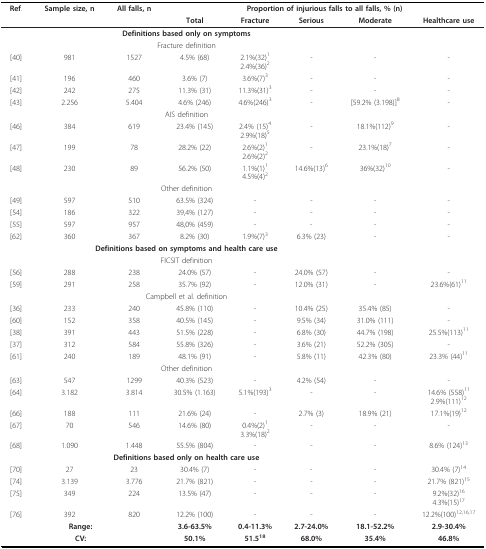
<table><thead><tr><td><b>Ref.</b></td><td><b>Sample size, n</b></td><td><b>All falls, n</b></td><td colspan="5"><b>Proportion of injurious falls to all falls, % (n)</b></td></tr><tr><td></td><td></td><td></td><td><b>Total</b></td><td><b>Fracture</b></td><td><b>Serious</b></td><td><b>Moderate</b></td><td><b>Healthcare use</b></td></tr></thead><tbody><tr><td colspan="3"></td><td colspan="5"><b>Definitions based only on symptoms</b></td></tr><tr><td colspan="3"></td><td colspan="5">Fracture definition</td></tr><tr><td>[40]</td><td>981</td><td>1527</td><td>4.5% (68)</td><td>2.1%(32)<sup>1 </sup>2.4%(36)<sup>2</sup></td><td>-</td><td>-</td><td>-</td></tr><tr><td>[41]</td><td>196</td><td>460</td><td>3.6% (7)</td><td>3.6%(7)<sup>3</sup></td><td>-</td><td>-</td><td>-</td></tr><tr><td>[42]</td><td>242</td><td>275</td><td>11.3% (31)</td><td>11.3%(31)<sup>3</sup></td><td>-</td><td>-</td><td>-</td></tr><tr><td>[43]</td><td>2.256</td><td>5.404</td><td>4.6% (246)</td><td>4.6%(246)<sup>3</sup></td><td>-</td><td>[59.2% (3.198)]<sup>8</sup></td><td>-</td></tr><tr><td colspan="3"></td><td colspan="5">AIS definition</td></tr><tr><td>[46]</td><td>384</td><td>619</td><td>23.4% (145)</td><td>2.4% (15)<sup>4</sup>2.9%(18)<sup>5</sup></td><td>-</td><td>18.1%(112)<sup>9</sup></td><td>-</td></tr><tr><td>[47]</td><td>199</td><td>78</td><td>28.2% (22)</td><td>2.6%(2)<sup>1</sup>2.6%(2)<sup>2</sup></td><td>-</td><td>23.1%(18)<sup>7</sup></td><td>-</td></tr><tr><td>[48]</td><td>230</td><td>89</td><td>56.2% (50)</td><td>1.1%(1)<sup>1</sup>4.5%(4)<sup>2</sup></td><td>14.6%(13)<sup>6</sup></td><td>36%(32)<sup>10</sup></td><td>-</td></tr><tr><td colspan="3"></td><td colspan="5">Other definition</td></tr><tr><td>[49]</td><td>597</td><td>510</td><td>63.5% (324)</td><td>-</td><td>-</td><td>-</td><td>-</td></tr><tr><td>[54]</td><td>186</td><td>322</td><td>39,4% (127)</td><td>-</td><td>-</td><td>-</td><td>-</td></tr><tr><td>[55]</td><td>597</td><td>957</td><td>48,0% (459)</td><td>-</td><td>-</td><td>-</td><td>-</td></tr><tr><td>[62]</td><td>360</td><td>367</td><td>8.2% (30)</td><td>1.9%(7)<sup>3</sup></td><td>6.3% (23)</td><td>-</td><td>-</td></tr><tr><td colspan="3"></td><td colspan="5"><b>Definitions based on symptoms and health care use</b></td></tr><tr><td colspan="3"></td><td colspan="5">FICSIT definition</td></tr><tr><td>[56]</td><td>288</td><td>238</td><td>24.0% (57)</td><td>-</td><td>24.0% (57)</td><td>-</td><td>-</td></tr><tr><td>[59]</td><td>291</td><td>258</td><td>35.7% (92)</td><td>-</td><td>12.0% (31)</td><td>-</td><td>23.6%(61)<sup>11</sup></td></tr><tr><td colspan="3"></td><td colspan="5">Campbell et al. definition</td></tr><tr><td>[36]</td><td>233</td><td>240</td><td>45.8% (110)</td><td>-</td><td>10.4% (25)</td><td>35.4% (85)</td><td>-</td></tr><tr><td>[60]</td><td>152</td><td>358</td><td>40.5% (145)</td><td>-</td><td>9.5% (34)</td><td>31.0% (111)</td><td>-</td></tr><tr><td>[38]</td><td>391</td><td>443</td><td>51.5% (228)</td><td>-</td><td>6.8% (30)</td><td>44.7% (198)</td><td>25.5%(113)<sup>11</sup></td></tr><tr><td>[37]</td><td>312</td><td>584</td><td>55.8% (326)</td><td>-</td><td>3.6% (21)</td><td>52.2% (305)</td><td>-</td></tr><tr><td>[61]</td><td>240</td><td>189</td><td>48.1% (91)</td><td>-</td><td>5.8% (11)</td><td>42.3% (80)</td><td>23.3% (44)<sup>11</sup></td></tr><tr><td colspan="3"></td><td colspan="5">Other definition</td></tr><tr><td>[63]</td><td>547</td><td>1299</td><td>40.3% (523)</td><td>-</td><td>4.2% (54)</td><td>-</td><td>-</td></tr><tr><td>[64]</td><td>3.182</td><td>3.814</td><td>30.5% (1.163)</td><td>5.1%(193)<sup>3</sup></td><td>-</td><td>-</td><td>14.6% (558)<sup>11</sup>2.9%(111)<sup>12</sup></td></tr><tr><td>[66]</td><td>188</td><td>111</td><td>21.6% (24)</td><td>-</td><td>2.7% (3)</td><td>18.9% (21)</td><td>17.1%(19)<sup>12</sup></td></tr><tr><td>[67]</td><td>70</td><td>546</td><td>14.6% (80)</td><td>0.4%(2)<sup>1</sup>3.3%(18)<sup>2</sup></td><td>-</td><td>-</td><td>-</td></tr><tr><td>[68]</td><td>1.090</td><td>1.448</td><td>55.5% (804)</td><td>-</td><td>-</td><td>-</td><td>8.6% (124)<sup>13</sup></td></tr><tr><td colspan="3"></td><td colspan="5"><b>Definitions based only on health care use</b></td></tr><tr><td>[70]</td><td>27</td><td>23</td><td>30.4% (7)</td><td>-</td><td>-</td><td>-</td><td>30.4% (7)<sup>14</sup></td></tr><tr><td>[74]</td><td>3.139</td><td>3.776</td><td>21.7% (821)</td><td>-</td><td>-</td><td>-</td><td>21.7% (821)<sup>15</sup></td></tr><tr><td>[75]</td><td>349</td><td>224</td><td>13.5% (47)</td><td>-</td><td>-</td><td>-</td><td>9.2%(32)<sup>16</sup>4.3%(15)<sup>17</sup></td></tr><tr><td>[76]</td><td>392</td><td>820</td><td>12.2% (100)</td><td>-</td><td>-</td><td>-</td><td>12.2%(100)<sup>12,16,17</sup></td></tr><tr><td colspan="3"><b>Range:</b></td><td><b>3.6-63.5%</b></td><td><b>0.4-11.3%</b></td><td><b>2.7-24.0%</b></td><td><b>18.1-52.2%</b></td><td><b>2.9-30.4%</b></td></tr><tr><td colspan="3"><b>CV:</b></td><td><b>50.1%</b></td><td><b>51.5<sup>18</sup></b></td><td><b>68.0%</b></td><td><b>35.4%</b></td><td><b>46.8%</b></td></tr></tbody></table>